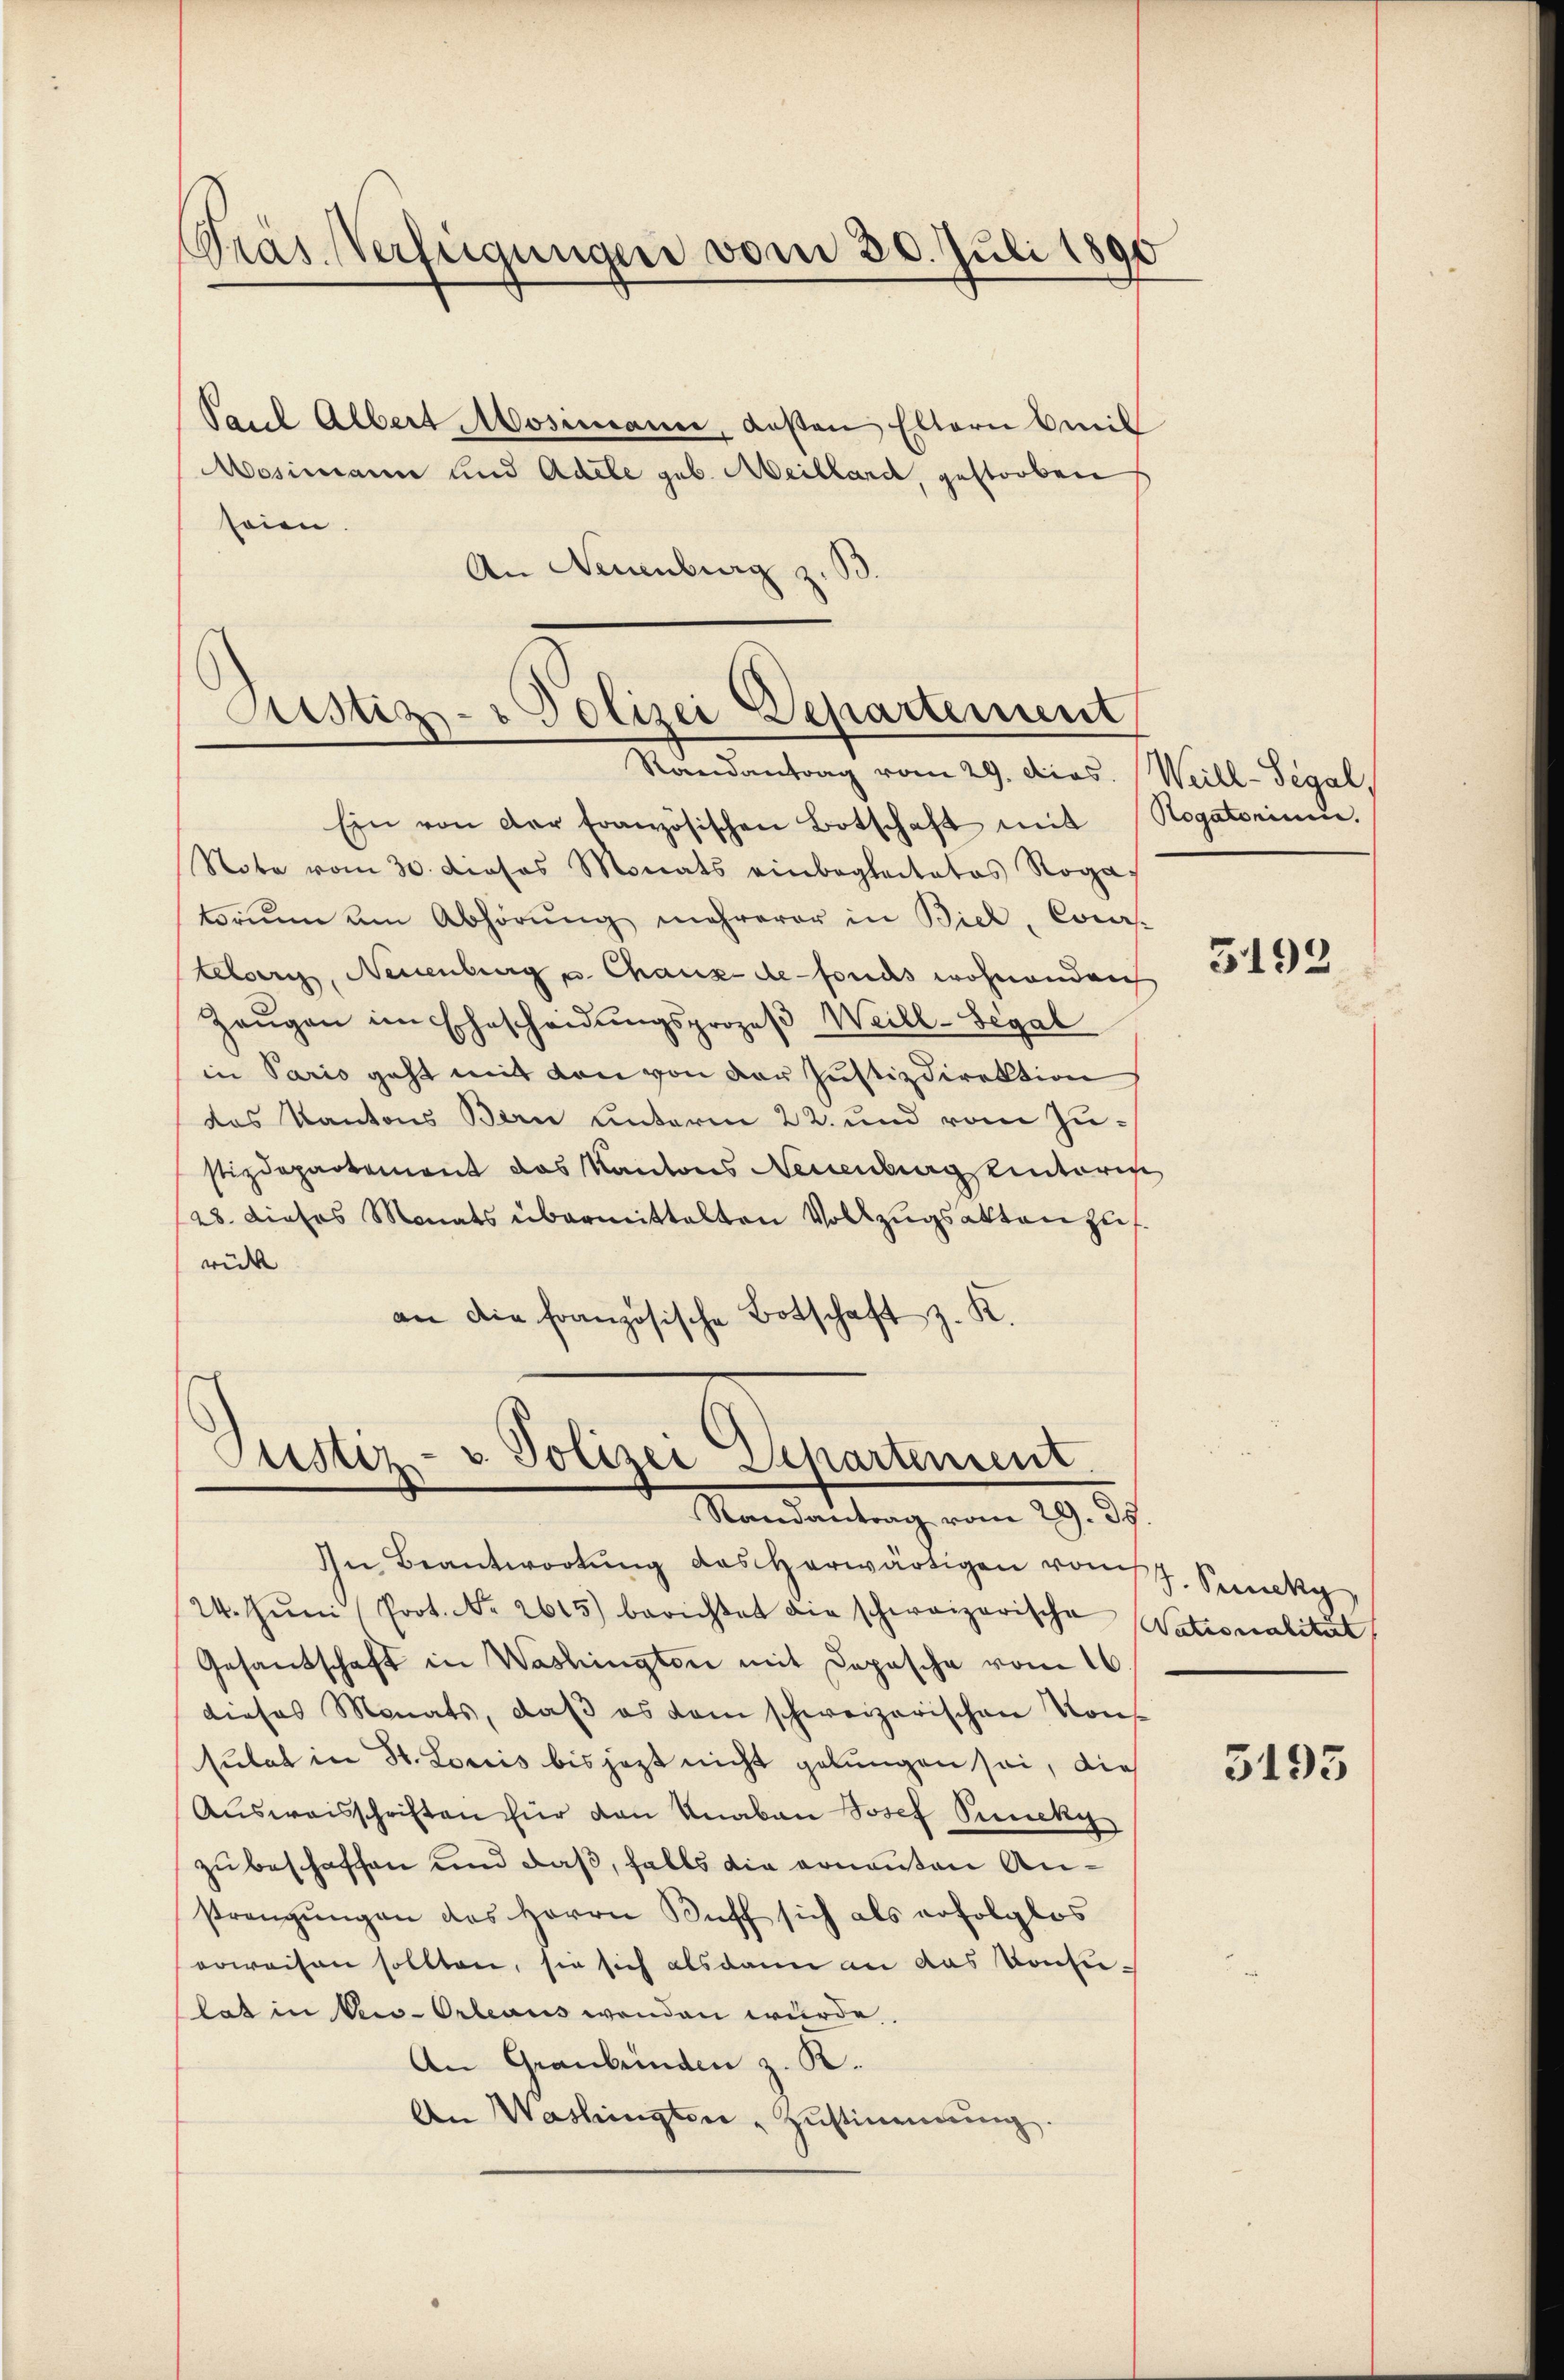
Präs. Verfügungen vom 30. Juli 1890

eien.
An Neuenburg z.

Paul Albert Mosimann, Kosten Eltern mil
Mosimann und Adele geb. Meillard, gestorben

Justiz- & Polizei Departement
Randantrag vom 29. Dios. Weill-Segal,

Ein von der französischen Botschaft mit Rogatorinne.
Note vom 30. Josos Monats einbegleitetes Rogas
torium um Abhörŭng mehrerer in Biel, Cours
teberg, Neuenburg u. Chaux-de-Fonds wohnenden
Zeŭgen im Ehescheidŭngsprozeβ Weill-Segal
in Paris geht mit den von der Justizdirektion
das Kantons Bern Linterm 22. und vom Zustizdepartement das Kantons Neuenburg unteri
28. dieses Monats übermittelten Vollzugsakten zuf
wik |
an die französische Botschaft z. K.

Justiz- & Polizei Departement
Randantrag vom 29. 39.

In Beantwortŭng des herwärtigen vom J. Puncky,
24. Jŭni Prot. Nr. 2615) berichtet die schweizerische Nationalität
Gesandschaft in Washington mit Depesche vom 16
dieses Monats, daß es dem schweizerischen Kons
sulat in St. Loriis bis jezt nicht gelungen sei, die
Aŭsweisschriften für von Knaben Josef Puncky
zu beschaffen und daß, falls die ernanten Anstrengungen des Herrn Ruff sich als erfolglos
erweisen sollten, sie sich alsdann an das Consu-
lat in Vew-Orleaus wenden wurde.
An Graubünden z. B.
An Washingten Zustimmung.

5192

3193